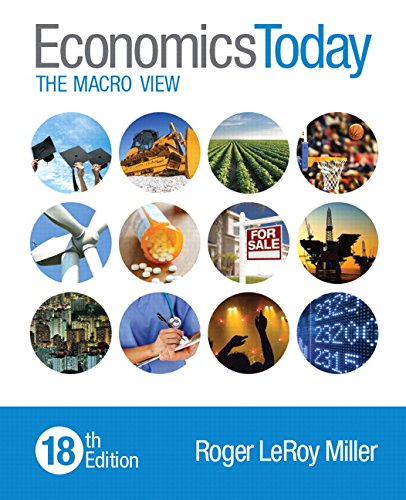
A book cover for Economics Today: The Macro View (18th Edition) (Newest Edition); Roger LeRoy Miller; Business & Money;